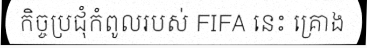
កិច្ចប្រជុំកំពូលរបស់ FIFA នេះ គ្រោង